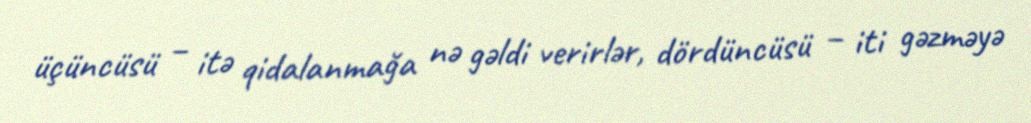
üçüncüsü – itə qidalanmağa nə gəldi verirlər, dördüncüsü – iti gəzməyə